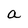
Character: a